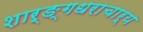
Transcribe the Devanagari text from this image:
शार्ङ्गधराचार्य